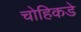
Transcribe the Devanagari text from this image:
चोहिकडे